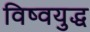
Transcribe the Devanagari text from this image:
विष्वयुद्ध